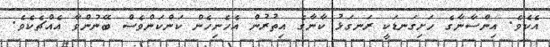
އެކެވެ. އިންސާނާގެ ހަށިގަނޑަކީ ރަނގަޅު ކާނާގެ އިތުރުން އެހެނިހެން ކަންކަންވެސް ބޭނުންވާ އެއްޗެކެވެ.